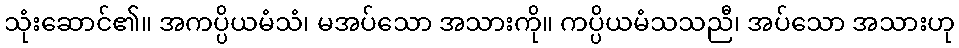
သုံးဆောင်၏။ အကပ္ပိယမံသံ၊ မအပ်သော အသားကို။ ကပ္ပိယမံသသညီ၊ အပ်သော အသားဟု